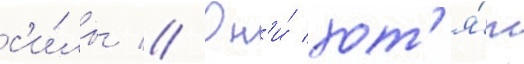
с'и́лы // Он'и́ хот'я́т